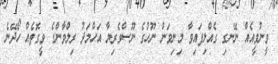
ވީނުވީއެއް ނޭނގި ގެއްލިފައިވާ މިނިވަން ނޫހުގެ ނޫސްވެރިޔާ އަހްމަދު ރިލްވާންގެ ވީގޮތެއް ހޯދޭނެ